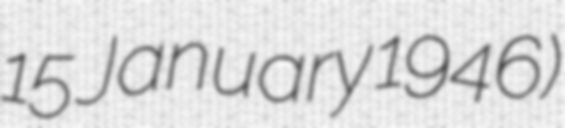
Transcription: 15 January 1946)